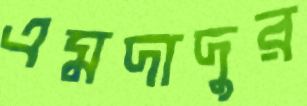
এমদাদুর